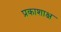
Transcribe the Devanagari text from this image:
प्रकाशाक्ष